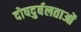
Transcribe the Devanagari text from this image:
दोषदुर्बलताओं